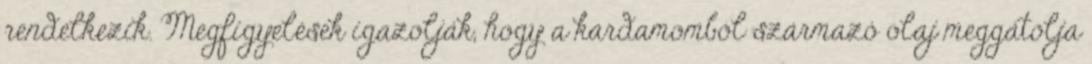
rendelkezik. Megfigyelések igazolják, hogy a kardamomból származó olaj meggátolja